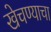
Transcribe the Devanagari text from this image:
खेचण्याचा